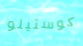
كوستيلو